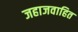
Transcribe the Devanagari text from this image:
जहाजवाहित